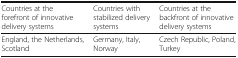
<table><thead><tr><td><b>Countries at the forefront of innovative delivery systems</b></td><td><b>Countries with stabilized delivery systems</b></td><td><b>Countries at the backfront of innovative delivery systems</b></td></tr></thead><tbody><tr><td>England, the Netherlands, Scotland</td><td>Germany, Italy, Norway</td><td>Czech Republic, Poland, Turkey</td></tr></tbody></table>